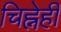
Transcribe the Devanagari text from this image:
चिह्नेही